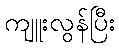
ကျူးလွန်ပြီး